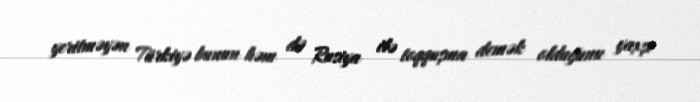
yeritməyən Türkiyə bunun həm də Rusiya ilə toqquşma demək olduğunu yaxşı